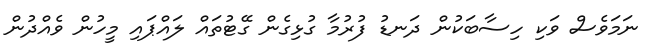
ނަމަވެސް ވަކި ހިސާބަކުން ދަނޑު ފުރުމާ ގުޅިގެން ގޭޓުތައް ލައްޕައި މީހުން ވެއްދުން